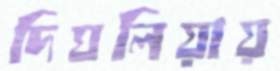
দিঘলিয়ায়